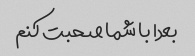
بعدا با شما صحبت کنم